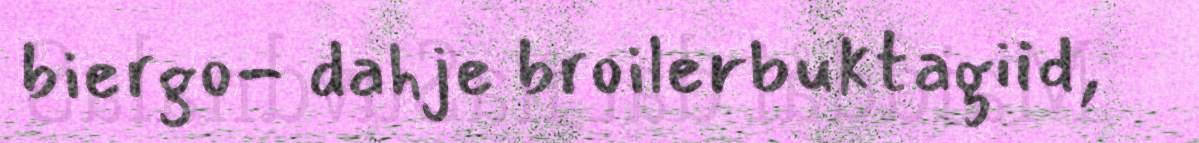
biergo- dahje broilerbuktagiid,